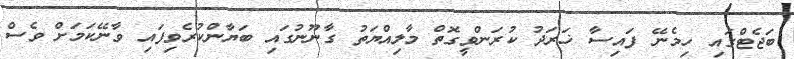
ބަޖެޓްގައި ހިމެނޭ ފައިސާ ޚަރަދު ކުރަންވީގޮތް މާލިއްޔަތު ގާނޫނުގައި ބަޔާންކުރެވިފައި ވާނޭކަމަށް ވެސް